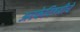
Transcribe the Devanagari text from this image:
अटकेविषयीचे